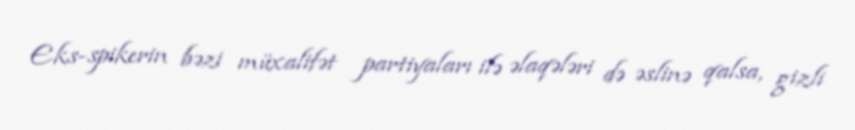
Eks-spikerin bəzi müxalifət partiyaları ilə əlaqələri də əslinə qalsa, gizli